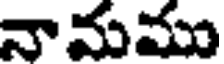
నామము